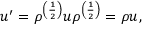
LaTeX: u ^ { \prime } = \rho ^ { \left( { \frac { 1 } { 2 } } \right) } u \rho ^ { \left( { \frac { 1 } { 2 } } \right) } = \rho u ,